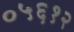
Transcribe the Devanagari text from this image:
०५६१२